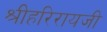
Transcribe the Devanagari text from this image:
श्रीहरिरायजी